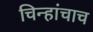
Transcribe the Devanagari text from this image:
चिन्हांचाच